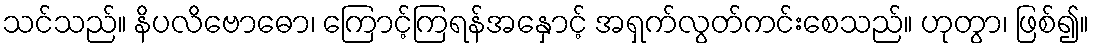
သင်သည်။ နိပလိဗောဓော၊ ကြောင့်ကြရန်အနှောင့် အရှက်လွတ်ကင်းစေသည်။ ဟုတွာ၊ ဖြစ်၍။